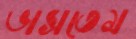
ভাসতেম